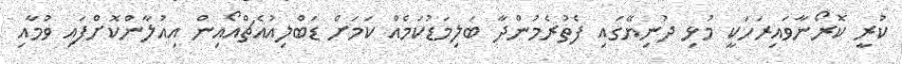
ކުރީ ކޮރޯނާވައިރަހަކީ މުޅި ދުނިޔޭގައި ފެތުރެމުންދާ ބަލިމަޑުކަމެއް ކަމަށް ޑަބްލިއުއެޗްއޯއިން އިއުލާންކޮށްފައި ވުމާއި